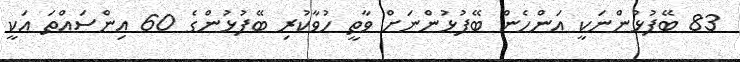
83 ބޭފުޅުންނަކީ އަންހެން ބޭފުޅުންނަށް ވާތީ ހުވާކުރި ބޭފުޅުންގެ 60 އިންސައްތަ އަކީ